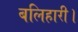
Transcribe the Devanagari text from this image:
बलिहारी।